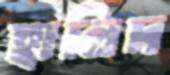
হালিদ